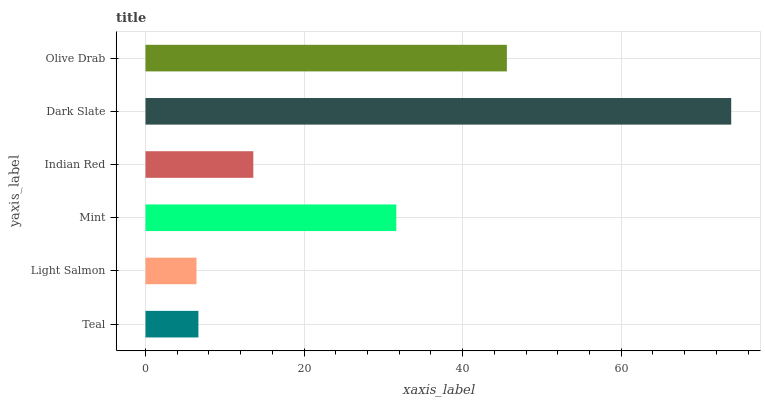
| yaxis_label | bars |
 | --- | --- |
 | Teal | 6.68 |
 | Light Salmon | 6.43 |
 | Mint | 31.6 |
 | Indian Red | 13.6 |
 | Dark Slate | 73.9 |
 | Olive Drab | 45.6 |